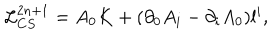
LaTeX: { \cal L } _ { C S } ^ { 2 n + 1 } = A _ { 0 } K + ( \partial _ { 0 } A _ { i } - \partial _ { i } A _ { 0 } ) l ^ { i } ,